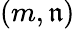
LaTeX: (m,\mathfrak{n})